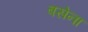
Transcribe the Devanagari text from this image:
बसेना